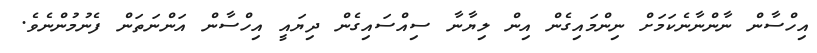
އިހްސާން ނާންނާނެކަމަށް ނިންމައިގެން އިން ލިޔާނާ ސިއްސައިގެން ދިޔައީ އިހްސާން އަންނަތަން ފެނުމުންނެވެ.